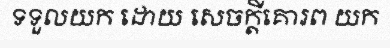
ទទួលយក ដោយ សេចក្តីគោរព យក